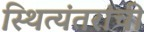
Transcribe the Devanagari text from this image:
स्थित्यंतरांची